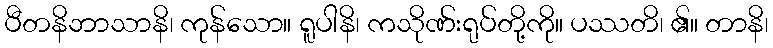
ပီတနိဘာသာနိ၊ ကုန်သော။ ရူပါနိ၊ ကသိုဏ်းရုပ်တို့ကို။ ပဿတိ၊ ၏။ တာနိ၊